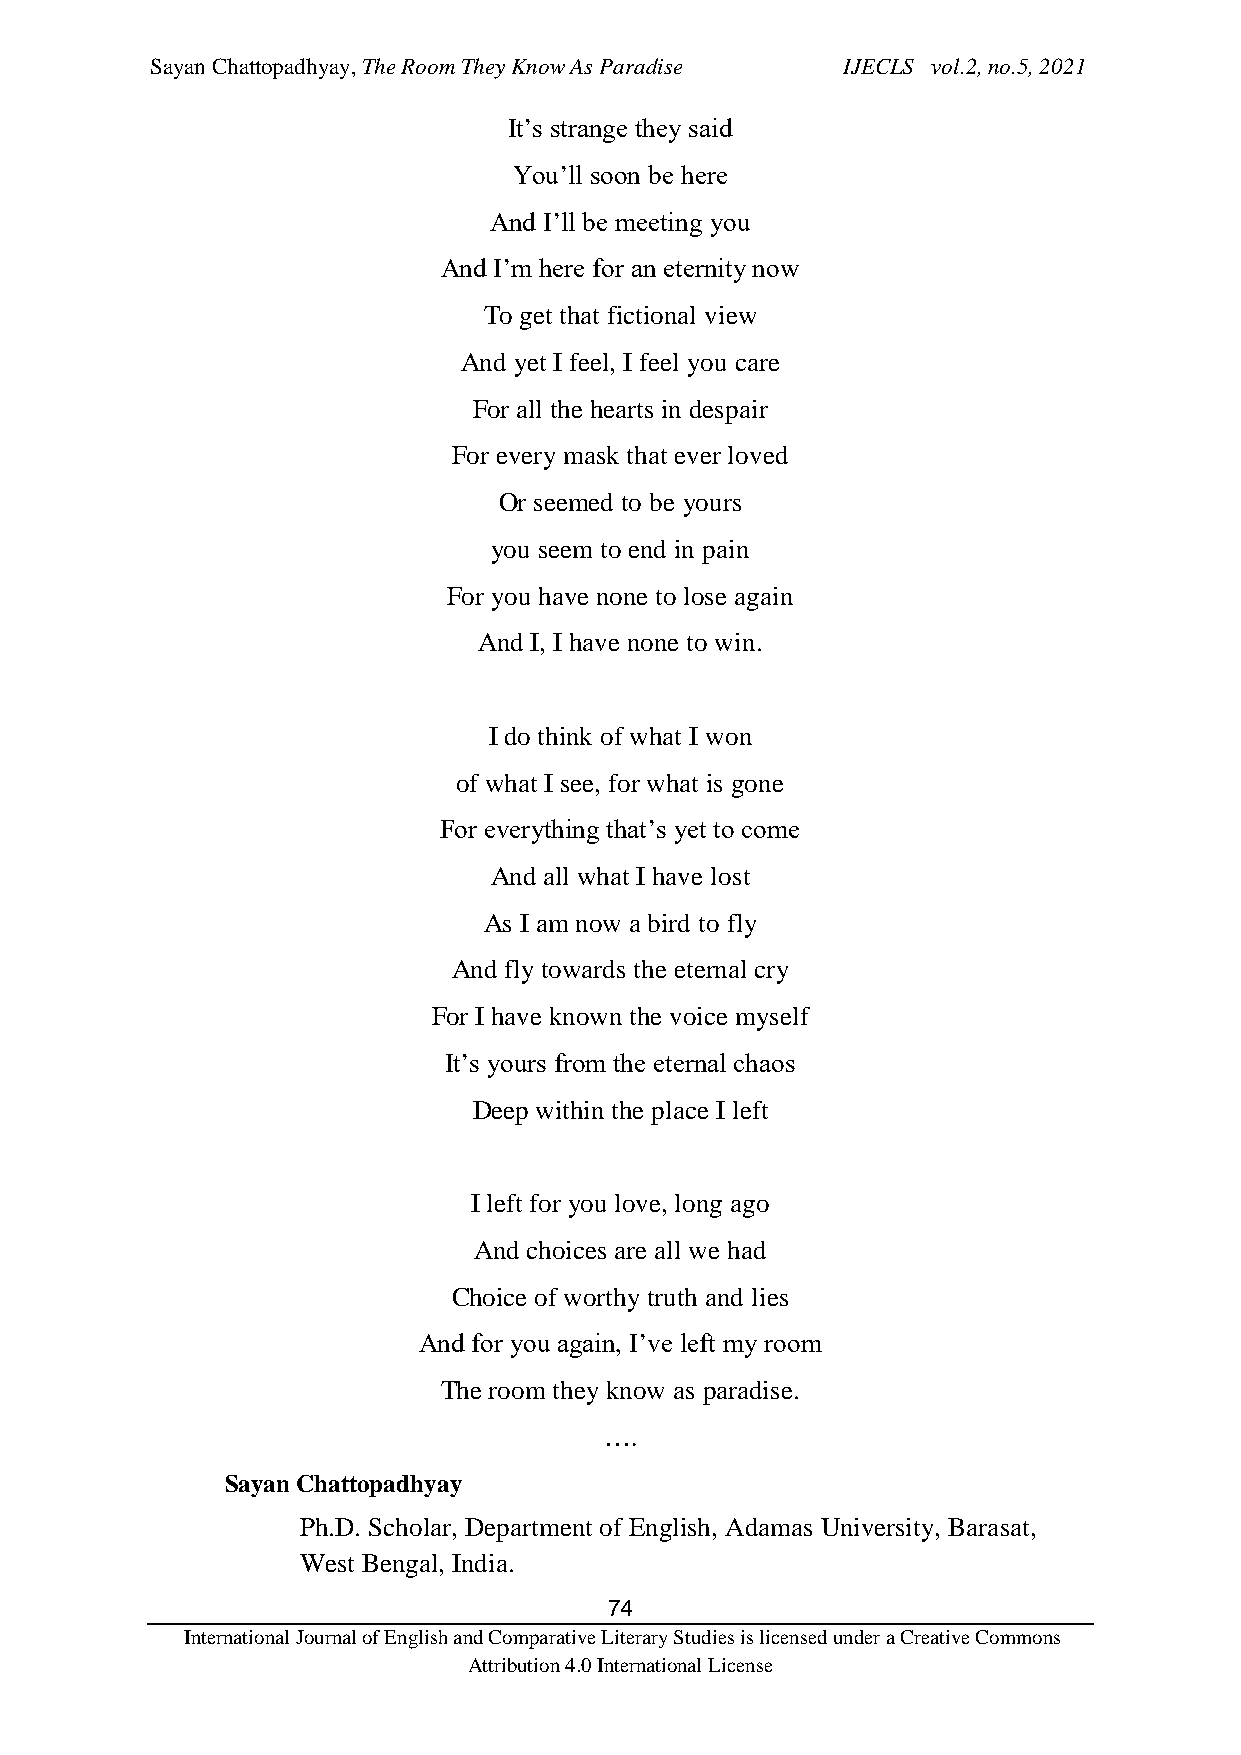
Sayan Chattopadhyay, The Room They Know As Paradise IJECLS vol.2, no.5, 2021
 It’s strange they said
 You’ll soon be here
 And I’ll be meeting you
 And I’m here for an eternity now
 To get that fictional view
 And yet I feel, I feel you care
 For all the hearts in despair
 For every mask that ever loved
 Or seemed to be yours
 you seem to end in pain
 For you have none to lose again
 And I, I have none to win.
 I do think of what I won
 of what I see, for what is gone
 For everything that’s yet to come
 And all what I have lost
 As I am now a bird to fly
 And fly towards the eternal cry
 For I have known the voice myself
 It’s yours from the eternal chaos
 Deep within the place I left
 I left for you love, long ago
 And choices are all we had
 Choice of worthy truth and lies
 And for you again, I’ve left my room
 The room they know as paradise.
 ….
 Sayan Chattopadhyay
 Ph.D. Scholar, Department of English, Adamas University, Barasat,
 West Bengal, India.
 74
 International Journal of English and Comparative Literary Studies is licensed under a Creative Commons
 Attribution 4.0 International License